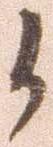
候